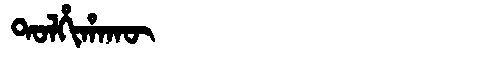
Manchu: ᡨᠣᠯᡥᡳᡥᠠᡴᡡ
Romanization: TOLHIHAKŪ